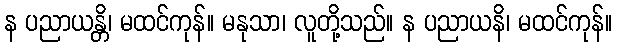
န ပညာယန္တိ၊ မထင်ကုန်။ မနုသာ၊ လူတို့သည်။ န ပညာယနိ၊ မထင်ကုန်။